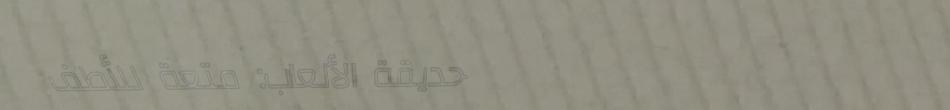
حديقة الألعاب: متعة للأطف